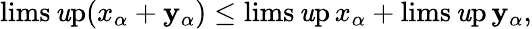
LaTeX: \operatorname*{lims\mathit{u}p}(x_{\alpha}+\mathbf{y}_{\alpha})\leq\operatorname*{lims\mathit{u}p}x_{\alpha}+\operatorname*{lims\mathit{u}p}\mathbf{y}_{\alpha},